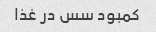
کمبود سس در غذا